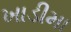
ખાડીમા